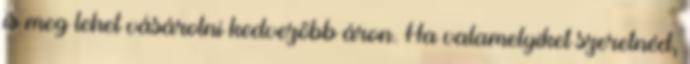
is meg lehet vásárolni kedvezőbb áron. Ha valamelyiket szeretnéd,